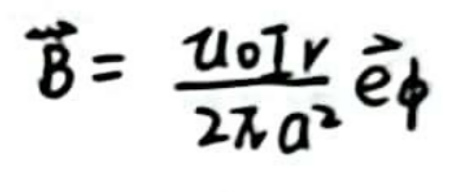
$\hat{B} = \frac{\mu_0 I r}{2 \pi a^2} \hat{e}_{\phi}$